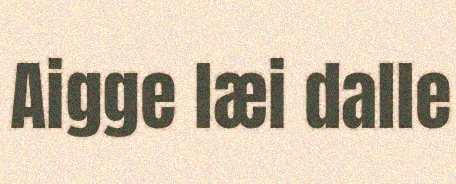
Aigge læi dalle